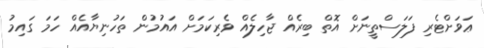
ޢަވަށްޓެރި ފަލަސްތީނަށް އޮތް ބިރެއް ޖާހިލެއް ވެރިކަމަށް އައުމުން ތަހުނިޔާއެއް ހަމަ ގައިމު